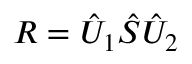
R = \hat { U } _ { 1 } \hat { S } \hat { U } _ { 2 }